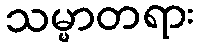
သမ္မာတရား